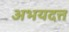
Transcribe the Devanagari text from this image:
अभयदत्त